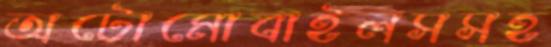
অটোমোবাইলসসহ